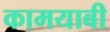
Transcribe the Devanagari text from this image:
कामयाबी